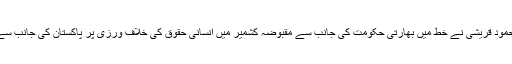
بیان کے مطابق شاہ محمود قریشی نے خط میں بھارتی حکومت کی جانب سے مقبوضہ کشمیر میں انسانی حقوق کی خلاف ورزی پر پاکستان کی جانب سے تشویش کا اظہار کیا۔